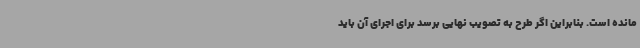
مانده است. بنابراین اگر طرح به تصویب نهایی برسد برای اجرای آن باید